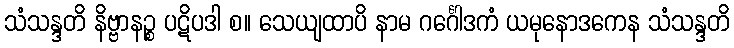
သံသန္ဒတိ နိဗ္ဗာနဉ္စ ပဋိပဒါ စ။ သေယျထာပိ နာမ ဂင်္ဂေါဒကံ ယမုနောဒကေန သံသန္ဒတိ